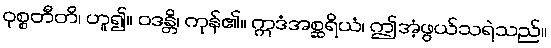
ဝုစ္စတီတိ၊ ဟူ၍။ ဝဒန္တိ၊ ကုန်၏။ ဣဒံအစ္ဆရိယံ၊ ဤအံ့ဖွယ်သရဲသည်။